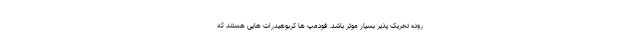
روده تحریک پذیر بسیار موثر باشد. فودمپ ها کربوهیدرات هایی هستند که